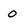
Character: 0